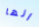
انها